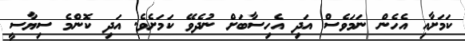
ކަމަށާއި އެހެން ނަމަވެސް އަދި އެހިސާބަށް ނުދެވޭ ކަމަށެވެ. އަދި ކޮންމެ ސިޔާސީ